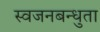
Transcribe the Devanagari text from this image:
स्वजनबन्धुता